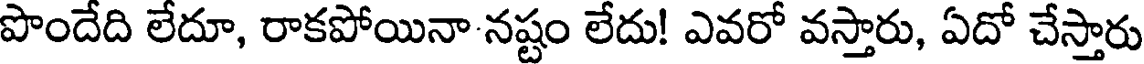
పొందేది లేదూ, రాకపోయినా నష్టం లేదు! ఎవరో వస్తారు, ఏదో చేస్తారు